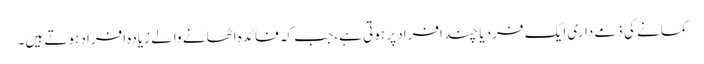
کمانے کی ذمے داری ایک فرد یا چند افراد پر ہوتی ہے، جب کہ فائدہ اٹھانے والے زیادہ افراد ہوتے ہیں۔